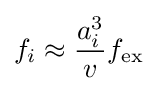
f_{i}\approx {\frac {a_{i}^{3}}{v}}f_{\rm {ex}}